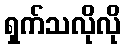
ရှက်သလိုလို